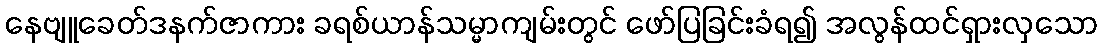
နေဗျူခေတ်ဒနက်ဇာကား ခရစ်ယာန်သမ္မာကျမ်းတွင် ဖော်ပြခြင်းခံရ၍ အလွန်ထင်ရှားလှသော